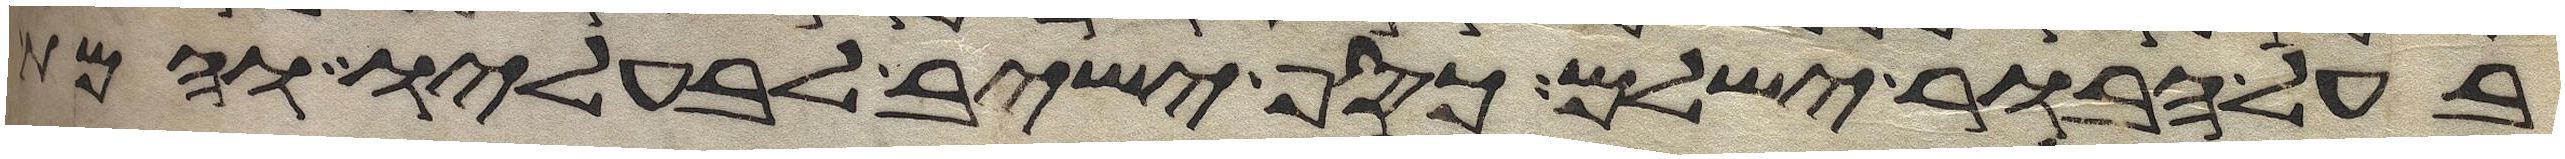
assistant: בעל הבור ישלם כסף ישיב לבעליו והמת